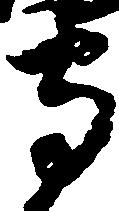
守